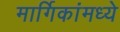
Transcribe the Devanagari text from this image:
मार्गिकांमध्ये